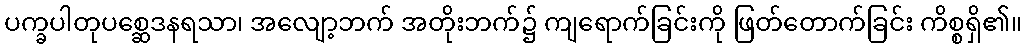
ပက္ခပါတုပစ္ဆေဒနရသာ၊ အလျော့ဘက် အတိုးဘက်၌ ကျရောက်ခြင်းကို ဖြတ်တောက်ခြင်း ကိစ္စရှိ၏။